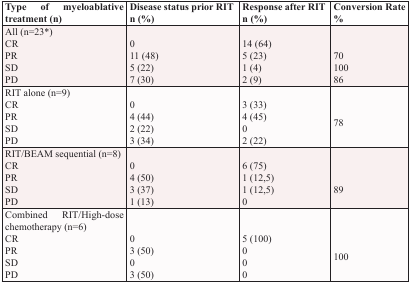
<table><thead><tr><td><b>Type of myeloablative treatment (n)</b></td><td><b>Disease status prior RIT n (%)</b></td><td><b>Response after RIT n (%)</b></td><td><b>Conversion Rate %</b></td></tr></thead><tbody><tr><td>All (n=23*)CRPRSDPD</td><td>011 (48)5 (22)7 (30)</td><td>14 (64)5 (23)1 (4)2 (9)</td><td>7010086</td></tr><tr><td>RIT alone (n=9)CRPRSDPD</td><td>04 (44)2 (22)3 (34)</td><td>3 (33)4 (45)02 (22)</td><td>78</td></tr><tr><td>RIT/BEAM sequential (n=8)CRPRSDPD</td><td>04 (50)3 (37)1 (13)</td><td>6 (75)1 (12,5)1 (12,5)0</td><td>89</td></tr><tr><td>Combined RIT/High-dose chemotherapy (n=6)CRPRSDPD</td><td>03 (50)03 (50)</td><td>5 (100)000</td><td>100</td></tr></tbody></table>